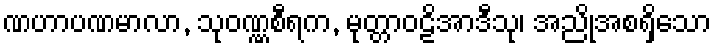
ဏဟာပဏမာလာ, သုဝဏ္ဏစီရက, မုတ္တာဝဠိအာဒီသု၊ အညိုအစရှိသော